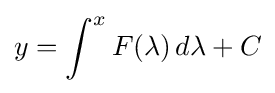
y=\int ^{x}F(\lambda )\,d\lambda +C